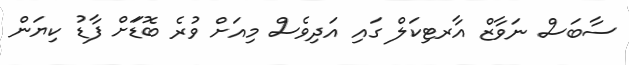
ސާބަސް ނަވާޒް އާރޓިކަލް ގައި އަދިވެސް މިއަށް ވުރެ ބޮޑަަށް ފާޑު ކިޔަން